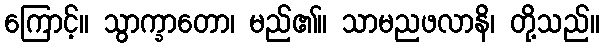
ကြောင့်။ သွာက္ခာတော၊ မည်၏။ သာမညဖလာနိ၊ တို့သည်။